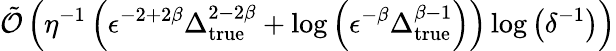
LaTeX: \tilde{\mathcal{O}}\left(\eta^{-1}\left(\epsilon^{-2+2\beta}\Delta_{\mathrm{true}}^{2-2\beta}+\log\left(\epsilon^{-\beta}\Delta_{\mathrm{true}}^{\beta-1}\right)\right)\log\left(\delta^{-1}\right)\right)